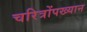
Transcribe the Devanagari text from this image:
चरित्रोंपख्यान